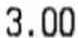
3.00